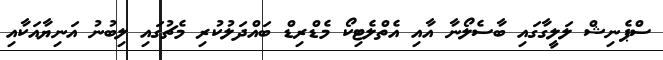
ސްޕެނިޝް ލަލީގާގައި ބާސެލޯނާ އާއި އެތްލެޓިކޯ މެޑްރިޑް ބައްދަލުކުރި މެޗުގައި ލިބުނު އަނިޔާއަކާއި